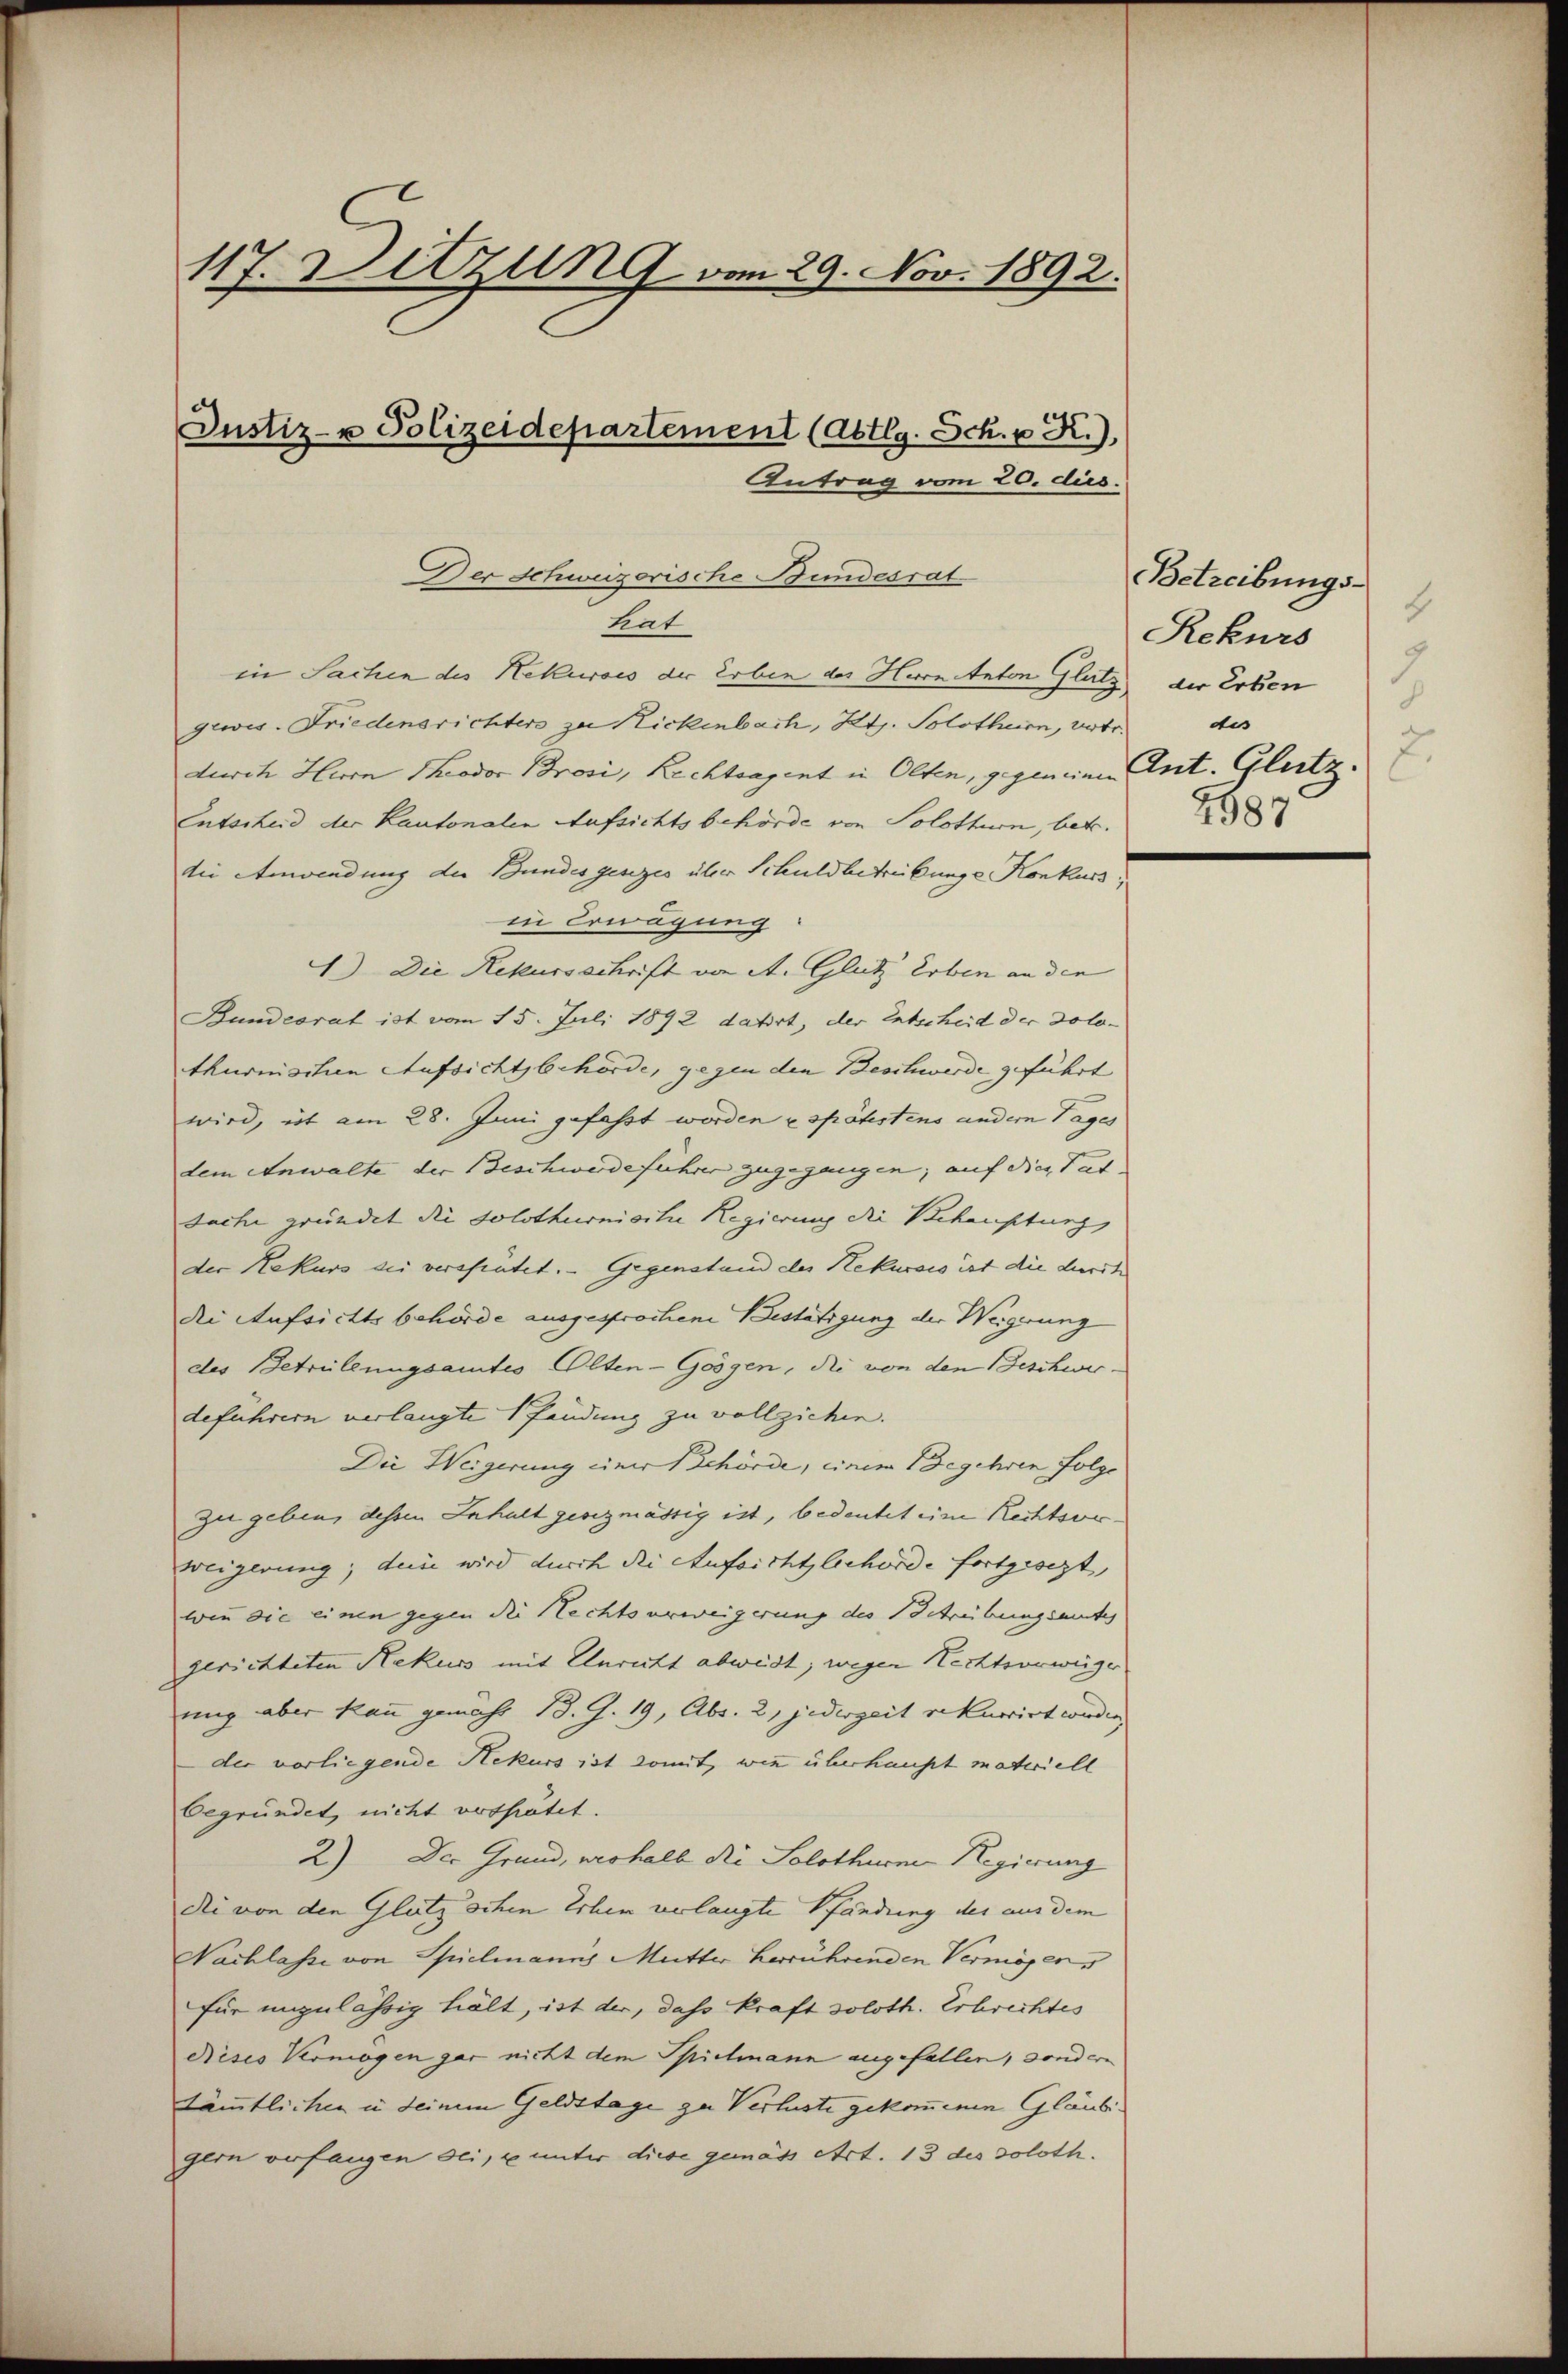
117. Ditzung vom 29. Nov. 1892.
Justiz- u Polizeidepartement (Abtlg. Sch. p K.).
Antrag vom 20. dies.

Der Schweizerische Bundesrat

tat
in Sachen des Rekurses der Erben des Hernanton Glutz der Erben
gewis. Friedensrichters zu Rickenbach, Kts. Solothurn, vore des
durch Herrn Theodor Brosi, Rechtsagent in Olten, gegeneine Ant. Glutz.
Entscheid der Kantonalen Aufsichtsbehörde von Solothurn, betr.
die Anwendung der Bundesgesezes über Schuldbetreibunge Konkurs;
in Erwägung:
1) Die Rekursschrift von A. Glutz Erben an den
Bundesrat ist vom 15. Juli 1892 datirt, der Entscheid der Dolothurnischen Aufsichtsbehörde, gegen den Beschwerde geführt
wird, ist am 28. Juni gefaßt worden u spätestens andern Tages
dem Anwalte der Beschwerdeführer zugegangen; auf die Tat
Sache gründet die Solothurnische Regierung die Behauptung
der Rekurs bei verspätet. - Gegenstand des Rekurses ist die dirit
die Aufsichtsbehörde ausgesprochene Bestätigung der Weigerung
des Betruleungsamtes Olten-Göögen, die von den Beschwerdeführern verlangte Pfändung zu vollziehen.
Die Weigerung einer gehörde, einem Begehren Folge
zu geben, dessen Inhalt gesezmässig ist, bedeutet eine Rechtsorweigerung; den wird durch die Aufsichtsbehörde fortgesezt,
wenn die einen gegen die Rechtserweigerung des Betreibungsantes
gerichteten Rekurs mit Unricht abweist; wegen Rechtsorwürger
ung aber kann gemäht 13. G. 19, Abs. 2, jederzeit rekurrirt werden.
der vorliegende Rekurs ist somit, wie überhaupt materiell
begründet, nicht verhietet.
2.) Der Grund, weshalb die Solothurner Regierung
die von den Glutz schen Erben verlangte Pfändung der aus dem
Nachlasse von Spielmanns Mutter herrührenden Vermögens
für unzulässig hält, ist der, das Kraft soloth. Erbrechtes
Rieses Vermögen gar nicht dem Spielmann augefallen, sondern
Sämmtlichen u deinem Geldstage zu Verluste gekommenen Gläubigern verfangen sei, u unter diese gemäss Art. 13 des soloth.

Betreibungs-
Rekurs
9
¬
2.
4587.